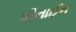
પીનાઈન